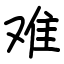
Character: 难